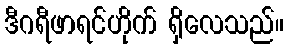
ဒီဂရီဖာရင်ဟိုက် ရှိလေသည်။